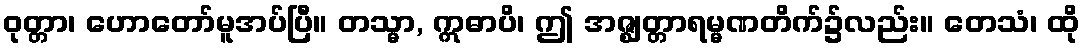
ဝုတ္တာ၊ ဟောတော်မူအပ်ပြီ။ တသ္မာ, ဣဓာပိ၊ ဤ အဇ္ဈတ္တာရမ္မဏတိက်၌လည်း။ တေသံ၊ ထို